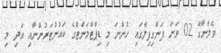
ވެލާނާގޭ 02 ވަނަ ފަންގިފިލާގައި ހުންނަ މި ޑިޕާޓްމަންޓްގެ ކައުންޓަރުންނާއި އަދި މި